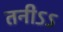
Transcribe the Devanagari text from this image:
तनीऽऽ